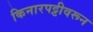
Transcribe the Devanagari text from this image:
किनारपट्टीवरून